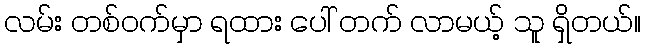
လမ်း တစ်ဝက်မှာ ရထား ပေါ် တက် လာမယ့် သူ ရှိတယ်။